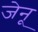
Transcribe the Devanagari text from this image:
जेनू